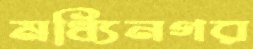
মধ্যিনগর